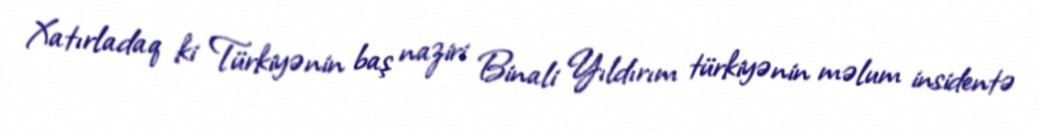
Xatırladaq ki Türkiyənin baş naziri Binali Yıldırım türkiyənin məlum insidentə